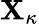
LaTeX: \mathbf{X}_{\kappa}